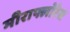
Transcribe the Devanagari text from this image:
मीराफ्लोरेस